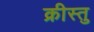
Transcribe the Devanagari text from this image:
क्रीस्तु